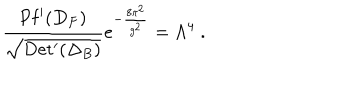
LaTeX: \frac { \mathrm { P f ^ { \prime } } ( D _ { F } ) } { \sqrt { \mathrm { D e t ^ { \prime } } ( \Delta _ { B } ) } } e ^ { - \frac { 8 \pi ^ { 2 } } { g ^ { 2 } } } = \Lambda ^ { 4 } ~ .